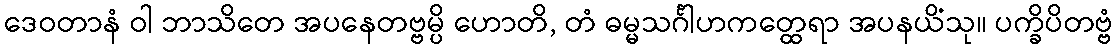
ဒေဝတာနံ ဝါ ဘာသိတေ အပနေတဗ္ဗမ္ပိ ဟောတိ, တံ ဓမ္မသင်္ဂါဟကတ္ထေရာ အပနယိံသု။ ပက္ခိပိတဗ္ဗံ